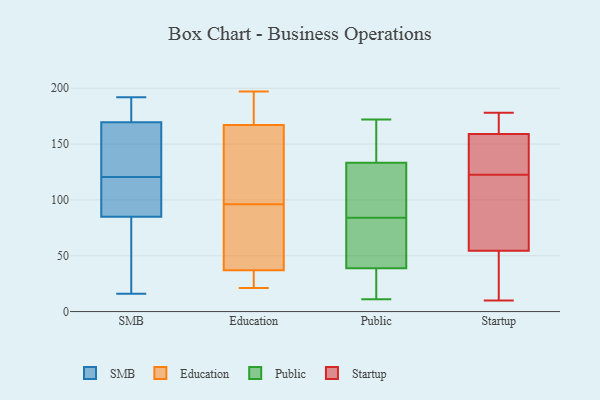
{"axis": {"x": "Population (Million)", "y": "Value"}, "legend": ["Education", "Public", "SMB", "Startup"], "data": [{"x": "", "y": 71, "type": "SMB"}, {"x": "", "y": 110, "type": "SMB"}, {"x": "", "y": 150, "type": "SMB"}, {"x": "", "y": 16, "type": "SMB"}, {"x": "", "y": 97, "type": "SMB"}, {"x": "", "y": 120, "type": "SMB"}, {"x": "", "y": 185, "type": "SMB"}, {"x": "", "y": 176, "type": "SMB"}, {"x": "", "y": 182, "type": "SMB"}, {"x": "", "y": 192, "type": "SMB"}, {"x": "", "y": 163, "type": "SMB"}, {"x": "", "y": 88, "type": "SMB"}, {"x": "", "y": 82, "type": "SMB"}, {"x": "", "y": 121, "type": "SMB"}, {"x": "", "y": 30, "type": "SMB"}, {"x": "", "y": 143, "type": "SMB"}, {"x": "", "y": 28, "type": "Education"}, {"x": "", "y": 192, "type": "Education"}, {"x": "", "y": 167, "type": "Education"}, {"x": "", "y": 106, "type": "Education"}, {"x": "", "y": 21, "type": "Education"}, {"x": "", "y": 37, "type": "Education"}, {"x": "", "y": 73, "type": "Education"}, {"x": "", "y": 197, "type": "Education"}, {"x": "", "y": 99, "type": "Education"}, {"x": "", "y": 93, "type": "Education"}, {"x": "", "y": 14, "type": "Public"}, {"x": "", "y": 41, "type": "Public"}, {"x": "", "y": 71, "type": "Public"}, {"x": "", "y": 94, "type": "Public"}, {"x": "", "y": 17, "type": "Public"}, {"x": "", "y": 11, "type": "Public"}, {"x": "", "y": 84, "type": "Public"}, {"x": "", "y": 106, "type": "Public"}, {"x": "", "y": 172, "type": "Public"}, {"x": "", "y": 141, "type": "Public"}, {"x": "", "y": 29, "type": "Public"}, {"x": "", "y": 79, "type": "Public"}, {"x": "", "y": 136, "type": "Public"}, {"x": "", "y": 128, "type": "Public"}, {"x": "", "y": 67, "type": "Public"}, {"x": "", "y": 38, "type": "Public"}, {"x": "", "y": 144, "type": "Public"}, {"x": "", "y": 107, "type": "Public"}, {"x": "", "y": 135, "type": "Public"}, {"x": "", "y": 29, "type": "Startup"}, {"x": "", "y": 44, "type": "Startup"}, {"x": "", "y": 10, "type": "Startup"}, {"x": "", "y": 150, "type": "Startup"}, {"x": "", "y": 91, "type": "Startup"}, {"x": "", "y": 172, "type": "Startup"}, {"x": "", "y": 132, "type": "Startup"}, {"x": "", "y": 122, "type": "Startup"}, {"x": "", "y": 123, "type": "Startup"}, {"x": "", "y": 168, "type": "Startup"}, {"x": "", "y": 65, "type": "Startup"}, {"x": "", "y": 178, "type": "Startup"}]}